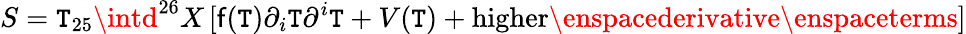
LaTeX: S=\mathtt{T}_{25}\intd^{26}X\, [\mathsf{f}(\mathtt{T})\partial_{i}\mathtt{T}\partial^{i}\mathtt{T}+V(\mathtt{T})+\mathrm{{higher\enspacederivative\enspaceterms}}]